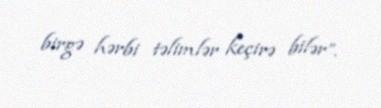
birgə hərbi təlimlər keçirə bilər”.